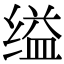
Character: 缢